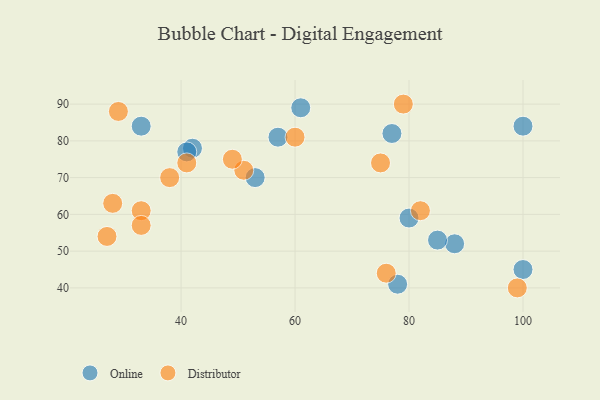
{"axis": {"x": "GDP", "y": "Life Expectancy"}, "legend": ["Distributor", "Online"], "data": [{"x": "61", "y": 89, "type": "Online"}, {"x": "53", "y": 70, "type": "Online"}, {"x": "88", "y": 52, "type": "Online"}, {"x": "33", "y": 84, "type": "Online"}, {"x": "57", "y": 81, "type": "Online"}, {"x": "85", "y": 53, "type": "Online"}, {"x": "100", "y": 84, "type": "Online"}, {"x": "80", "y": 59, "type": "Online"}, {"x": "42", "y": 78, "type": "Online"}, {"x": "100", "y": 45, "type": "Online"}, {"x": "78", "y": 41, "type": "Online"}, {"x": "77", "y": 82, "type": "Online"}, {"x": "41", "y": 77, "type": "Online"}, {"x": "76", "y": 44, "type": "Distributor"}, {"x": "38", "y": 70, "type": "Distributor"}, {"x": "29", "y": 88, "type": "Distributor"}, {"x": "82", "y": 61, "type": "Distributor"}, {"x": "27", "y": 54, "type": "Distributor"}, {"x": "28", "y": 63, "type": "Distributor"}, {"x": "79", "y": 90, "type": "Distributor"}, {"x": "99", "y": 40, "type": "Distributor"}, {"x": "60", "y": 81, "type": "Distributor"}, {"x": "33", "y": 61, "type": "Distributor"}, {"x": "33", "y": 57, "type": "Distributor"}, {"x": "41", "y": 74, "type": "Distributor"}, {"x": "51", "y": 72, "type": "Distributor"}, {"x": "49", "y": 75, "type": "Distributor"}, {"x": "75", "y": 74, "type": "Distributor"}]}